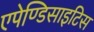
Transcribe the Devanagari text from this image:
एपेण्डिसाइटिस